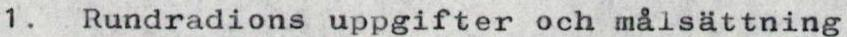
1. Rundradions uppgifter och målsättning